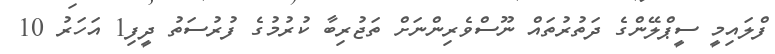
ފްލައިމީ ސީޕްލޭންގެ ދަތުރުތައް ނޫސްވެރިންނަށް ތަޖުރިބާ ކުރުމުގެ ފުރުސަތު ދީފި1 އަހަރު 10